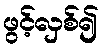
ဖွင့်လှစ်၍